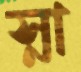
স্না